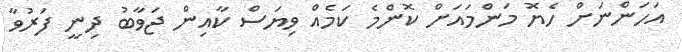
އަހަންނަށް ހެޔޮ މަންމައަށް ކޮންމެ ކަމެއް ވިޔަސް ކާއިން ޖަވާބު ދިނީ ފަރުވާ